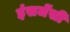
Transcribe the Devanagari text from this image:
इंसर्जेंसी